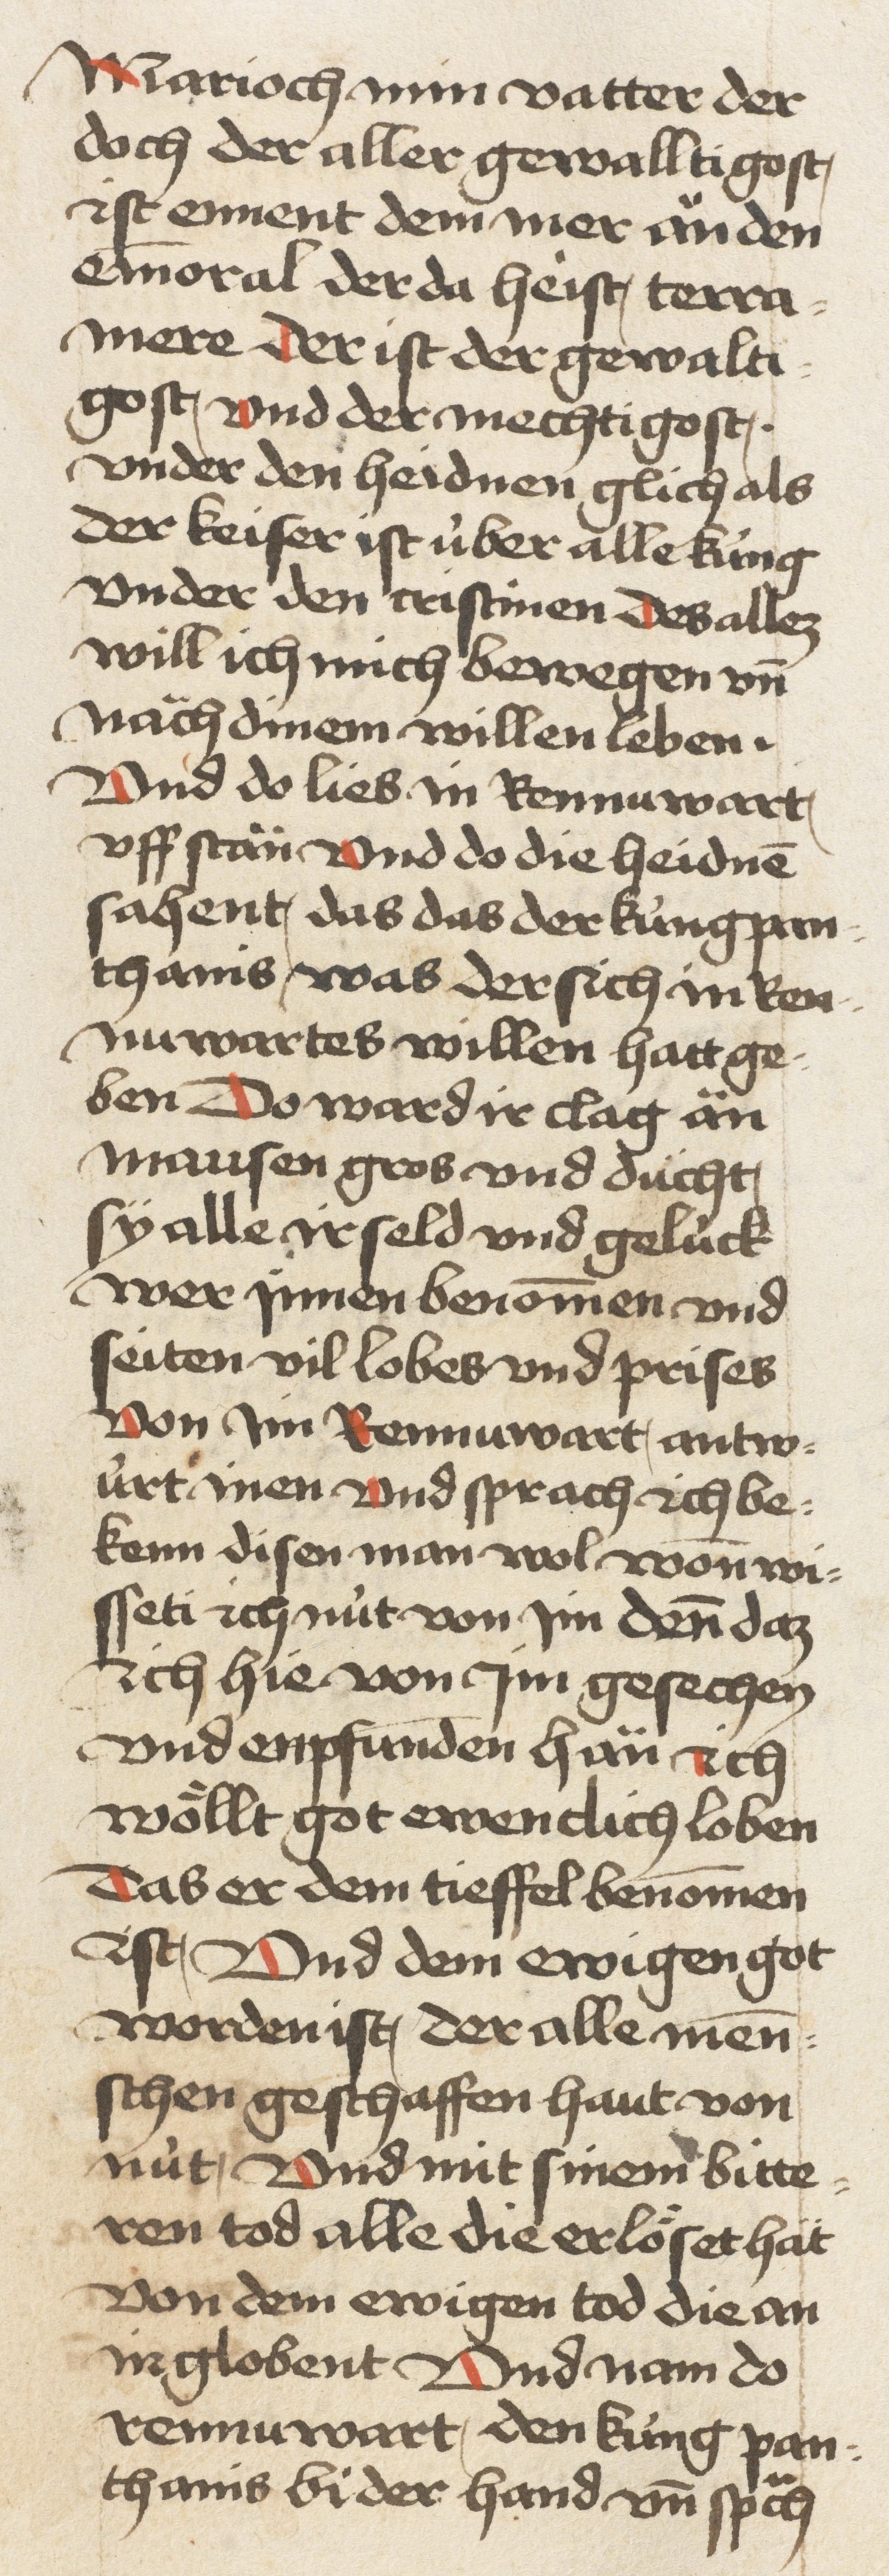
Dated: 1460–1470